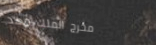
مخرج الملك فهد